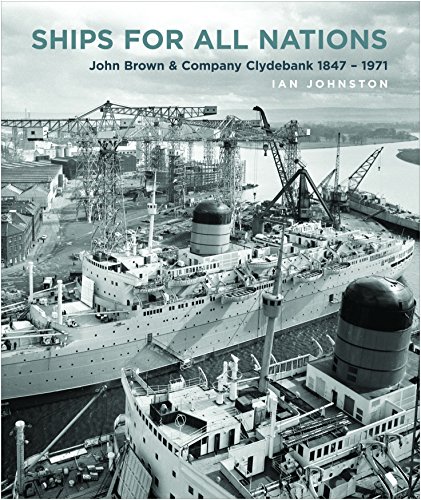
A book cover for Ships for All Nations: John Brown & Company Clydebank, 1847-1971; Ian Johnston; Engineering & Transportation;